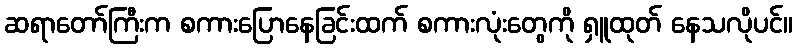
ဆရာတော်ကြီးက စကားပြောနေခြင်းထက် စကားလုံးတွေကို ရှူထုတ် နေသလိုပင်။